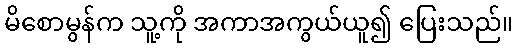
မိစောမွန်က သူ့ကို အကာအကွယ်ယူ၍ ပြေးသည်။